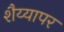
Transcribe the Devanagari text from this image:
शैय्यापर